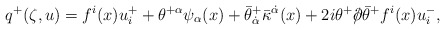
\begin{align*}q^+(\zeta,u)= f^i(x)u^+_i + \theta^{+\alpha}\psi_{\alpha}(x) +\bar{\theta}^+_{\dot{\alpha}}\bar{\kappa}^{\dot\alpha}(x) +2i\theta^+/\!\!\!\partial\bar{\theta}^+ f^i(x) u^-_i,\end{align*}